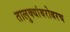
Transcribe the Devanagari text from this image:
तालुक्यांबरोबरच